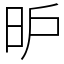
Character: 昈